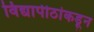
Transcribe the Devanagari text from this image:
विद्यापीठांकडून